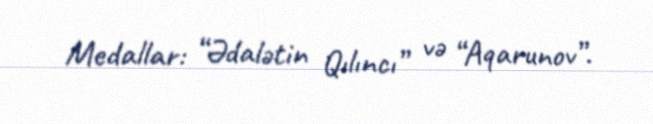
Medallar: “Ədalətin Qılıncı” və “Aqarunov”.